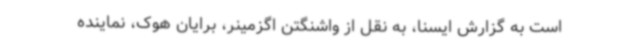
است به گزارش ایسنا، به نقل از واشنگتن اگزمینر، برایان هوک، نماینده